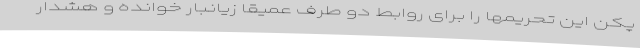
پکن این تحریمها را برای روابط دو طرف عمیقا زیانبار خوانده و هشدار